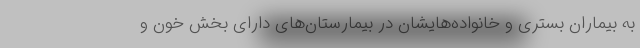
به بیماران بستری و خانواده‌هایشان در بیمارستان‌های دارای بخش خون و